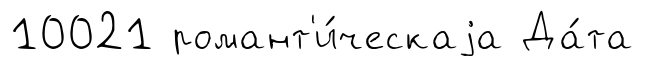
10021 романт'и́ческаjа Да́та